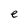
Character: e